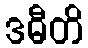
ဒဓီတိ